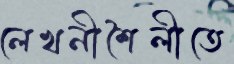
লেখনীশৈলীতে